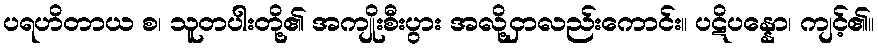
ပရဟိတာယ စ၊ သူတပါးတို့၏ အကျိုးစီးပွား အလို့ငှာလည်းကောင်း။ ပဋိပန္နော၊ ကျင့်၏။